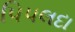
પિપલદા